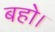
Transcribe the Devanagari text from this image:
बहो।